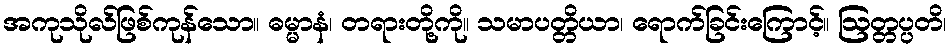
အကုသိုလ်ဖြစ်ကုန်သော။ ဓမ္မာနံ၊ တရားတို့ကို။ သမာပတ္တိယာ၊ ရောက်ခြင်းကြောင့်။ ဩတ္တပ္ပတိ၊